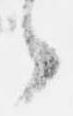
々